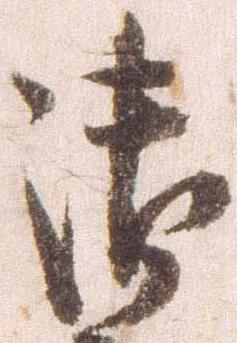
御